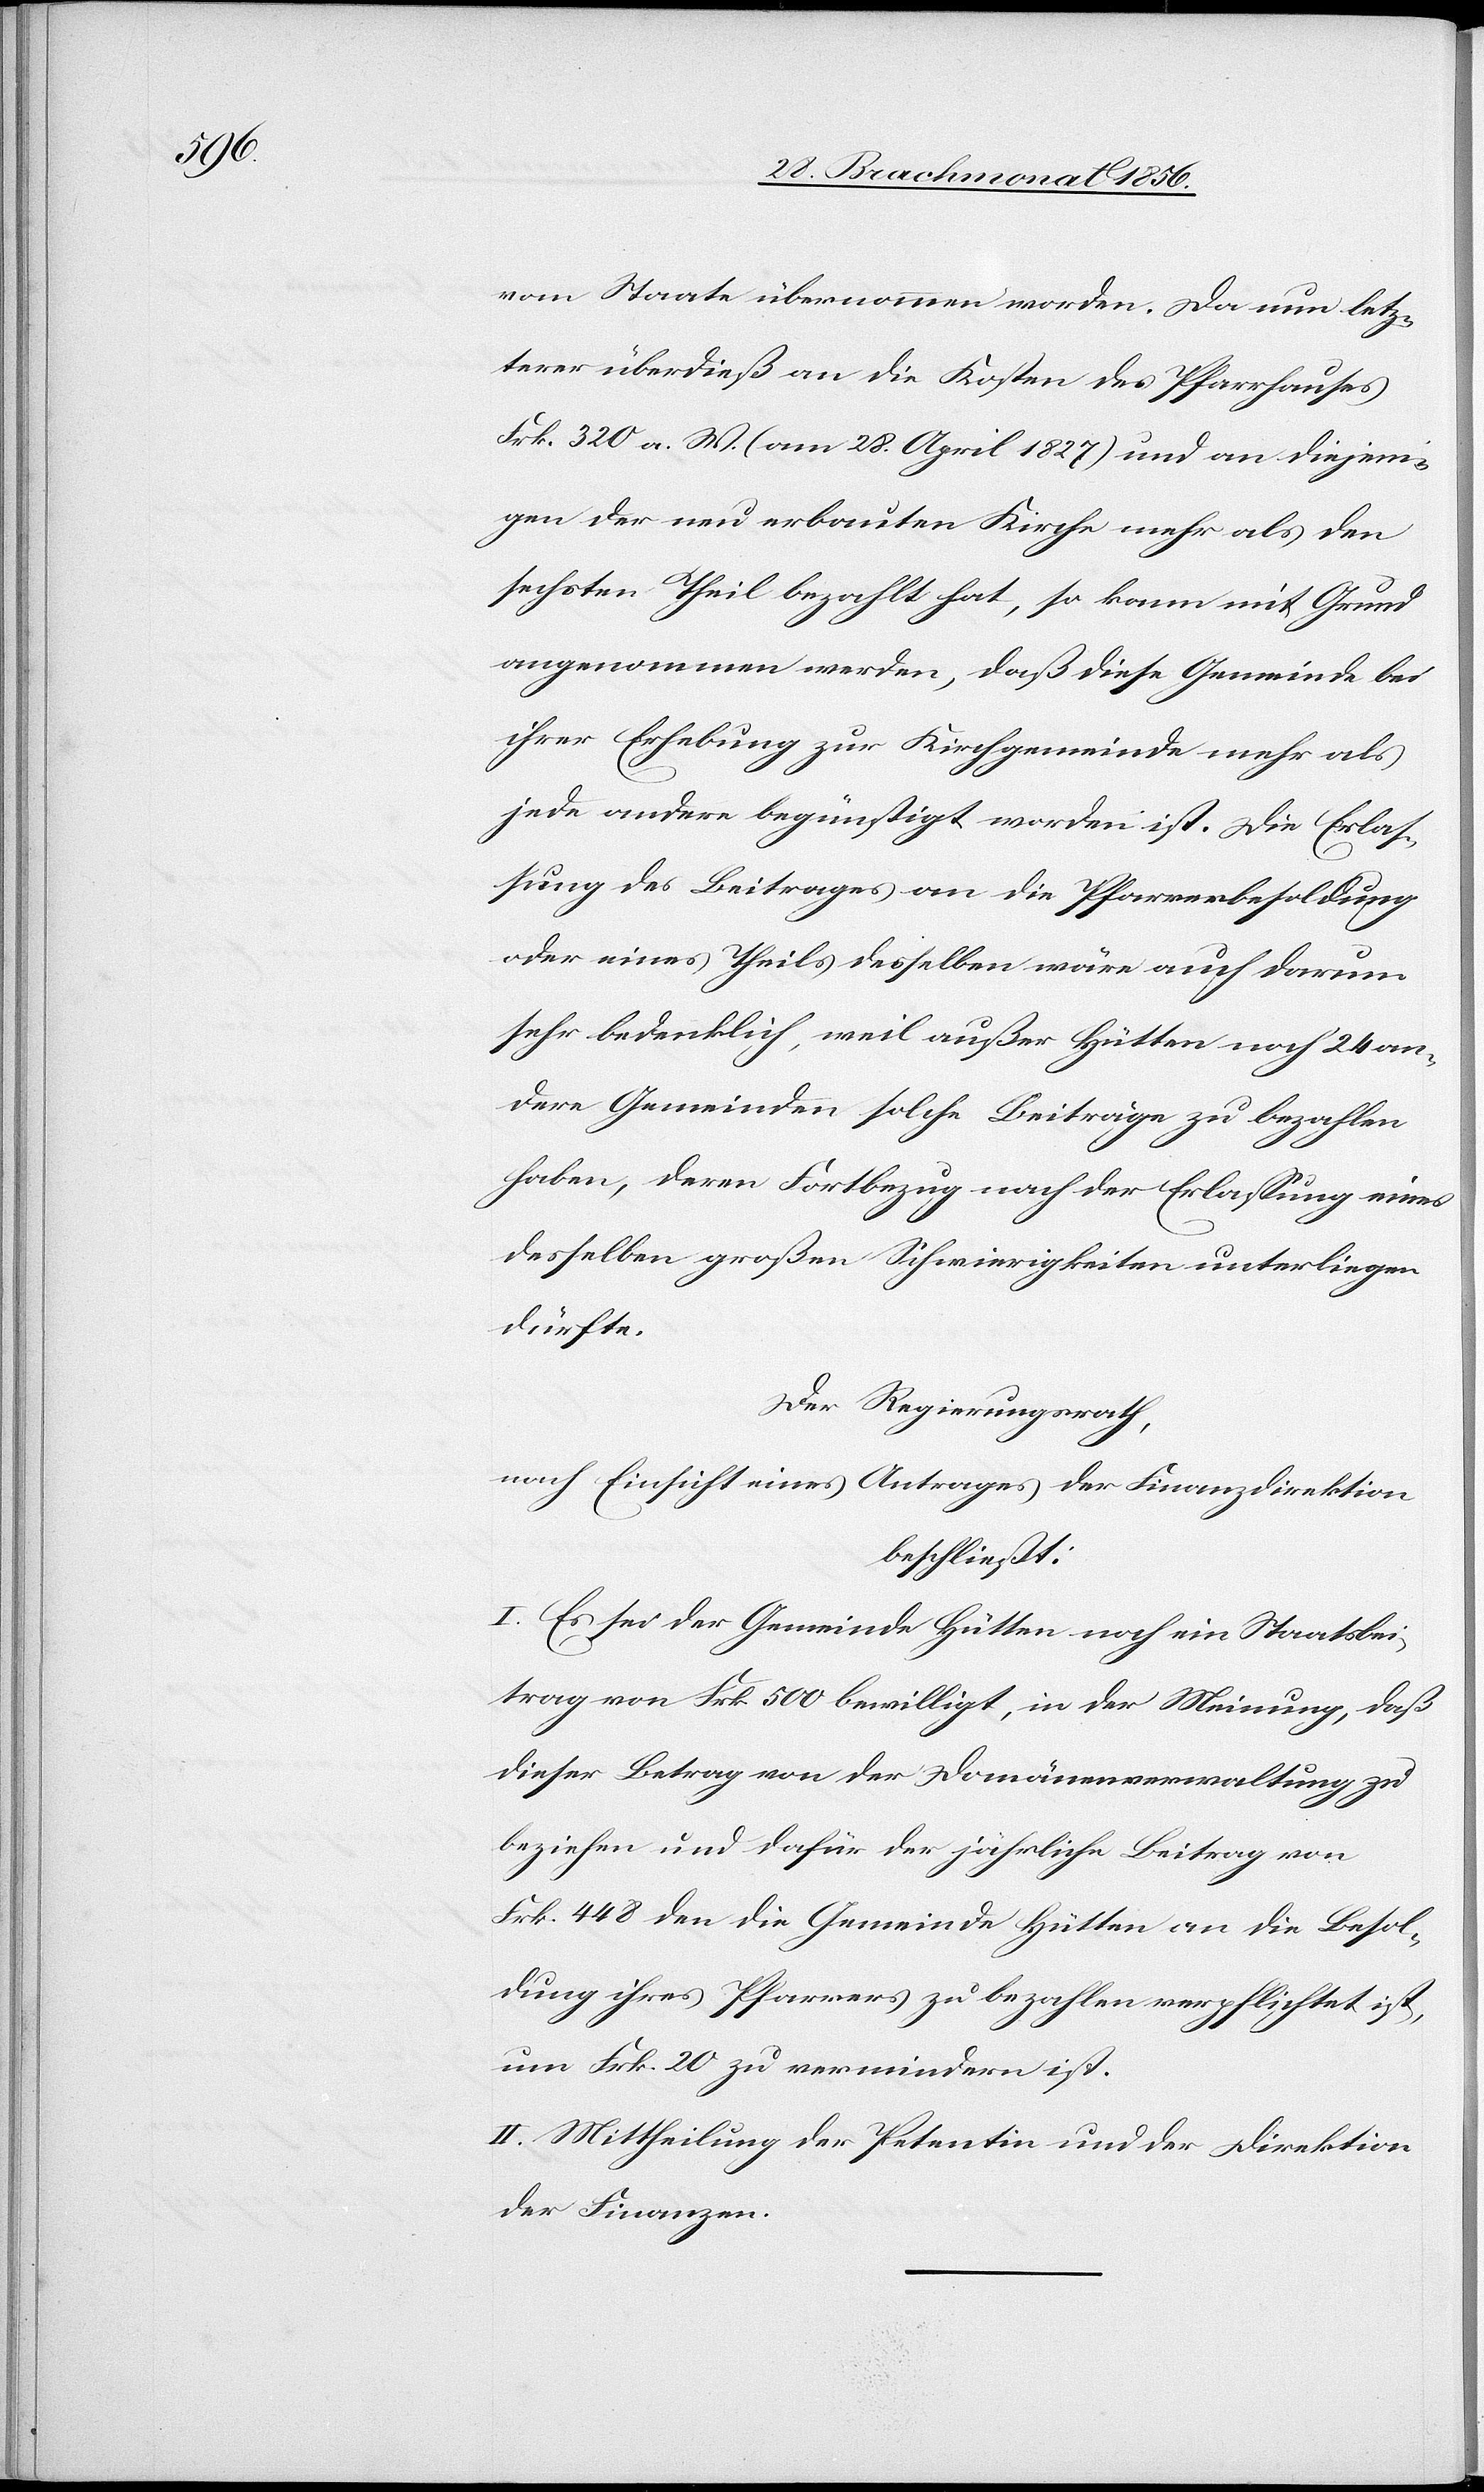
vom Staate übernommen worden. Da nun letz¬
terer überdieß an die Kosten des Pfarrhauses
Frk. 320 a. W. (am 28. April 1827) und an diejeni¬
gen der neu erbauten Kirche mehr als den
sechsten Theil bezahlt hat, so kann mit Grund
angenommen werden, daß diese Gemeinde bei
ihrer Erhebung zur Kirchgemeinde mehr als
jede andere begünstigt worden ist. Die Erlas¬
sung des Beitrages an die Pfarrerbesoldung
oder eines Theils desselben wäre auch darum
sehr bedenklich, weil außer Hütten noch 24 an¬
dere Gemeinden solche Beiträge zu bezahlen
haben, deren Fortbezug nach der Erlassung eines
desselben großen Schwierigkeiten unterliegen
dürfte.
Der Regierungsrath,
nach Einsicht eines Antrages der Finanzdirektion
beschließt:
I. Es sei der Gemeinde Hütten noch ein Staatsbei¬
trag von Frk. 500 bewilligt, in der Meinung, daß
dieser Betrag von der Domänenverwaltung zu
beziehen und dafür der jährliche Beitrag von
Frk. 448 den die Gemeinde Hütten an die Besol¬
dung ihres Pfarrers zu bezahlen verpflichtet ist,
um Frk. 20 zu vermindern ist.
II. Mittheilung der Petentin und der Direktion
der Finanzen.